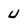
Character: U